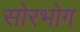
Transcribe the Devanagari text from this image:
सोरभोग